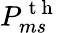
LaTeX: P_{ms}^{\mathrm{~t~h~}}